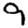
Digit: 9